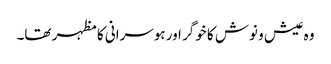
وہ عیش و نوش کا خوگر اور ہوسرانی کا مظہر تھا۔